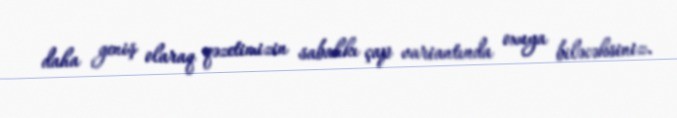
daha geniş olaraq qəzetimizin sabahkı çap variantında oxuya biləcəksiniz.